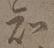
知